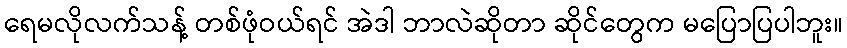
ရေမလိုလက်သန့် တစ်ဖုံဝယ်ရင် အဲဒါ ဘာလဲဆိုတာ ဆိုင်တွေက မပြောပြပါဘူး။